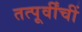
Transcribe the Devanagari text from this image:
तत्पूर्वींचीं